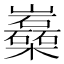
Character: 𡿈